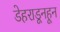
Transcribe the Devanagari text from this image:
डेहराडूनहून